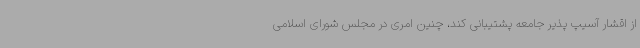
از اقشار آسیپ پذیر جامعه پشتیبانی کند، چنین امری در مجلس شورای اسلامی